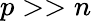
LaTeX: p>>n